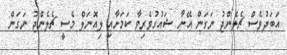
އަބަދުވެސް ޗެލެންޖު ނަގަން އޭނާ ޝައުގުވެރިވާ ކަމަށާއި ލިއޮނަލް މެސީ ޗެލެންޖު ނަގަން